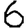
Digit: 6